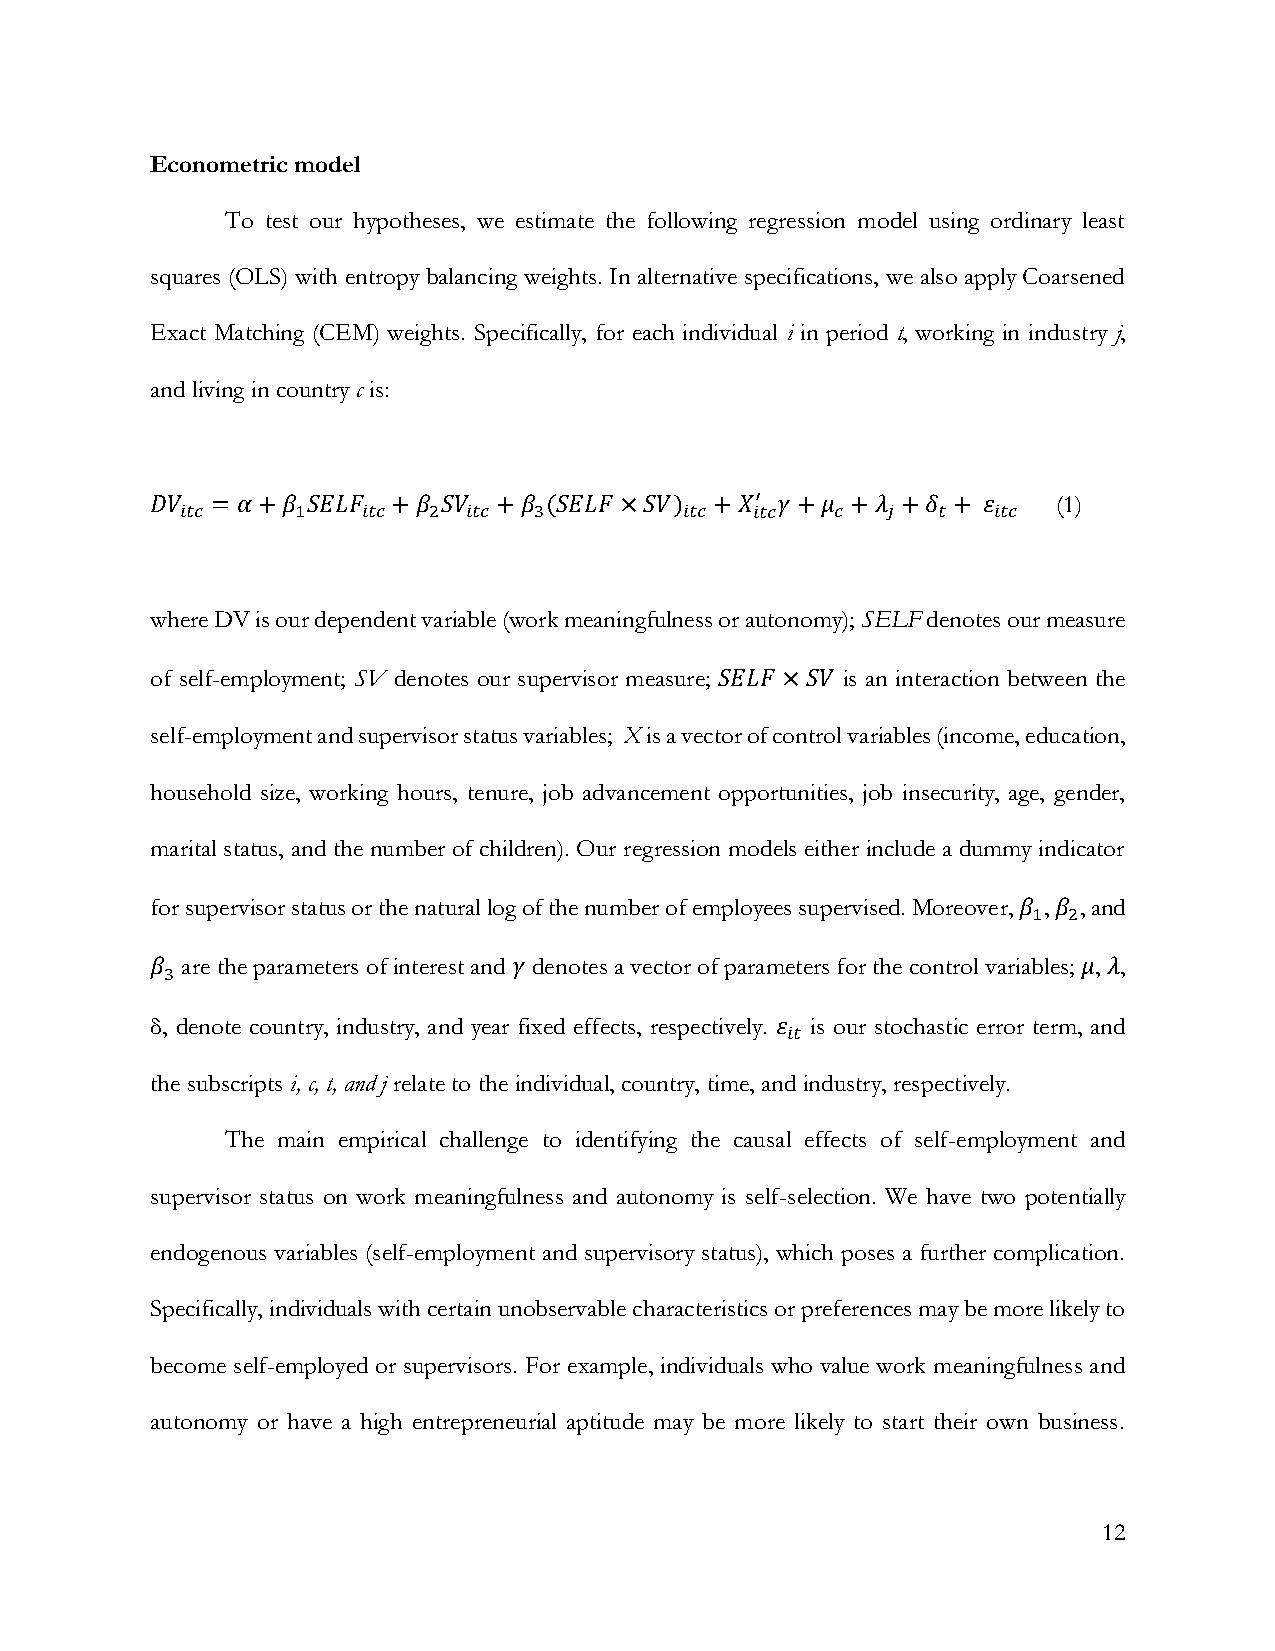
Econometric model
 To test our hypotheses, we estimate the following regression model using ordinary least
 squares (OLS) with entropy balancing weights. In alternative specifications, we also apply Coarsened
 Exact Matching (CEM) weights. Specifically, for each individual i in period t, working in industry j,
 and living in country c is:
 𝐷𝑉  = 𝛼+𝛽 𝑆𝐸𝐿𝐹  +𝛽 𝑆𝑉  +𝛽 (𝑆𝐸𝐿𝐹×𝑆𝑉)  +𝑋′ 𝛾+𝜇  +𝜆  +𝛿 + 𝜀    (1)
 𝑖𝑡𝑐     1   𝑖𝑡𝑐 2  𝑖𝑡𝑐 3         𝑖𝑡𝑐  𝑖𝑡𝑐  𝑐   𝑗  𝑡   𝑖𝑡𝑐
 where DV is our dependent variable (work meaningfulness or autonomy); SELF denotes our measure
 of self-employment; SV denotes our supervisor measure; 𝑆𝐸𝐿𝐹 ×𝑆𝑉 is an interaction between the
 self-employment and supervisor status variables; X is a vector of control variables (income, education,
 household size, working hours, tenure, job advancement opportunities, job insecurity, age, gender,
 marital status, and the number of children). Our regression models either include a dummy indicator
 for supervisor status or the natural log of the number of employees supervised. Moreover, 𝛽 , 𝛽 , and
 1  2
 𝛽 are the parameters of interest and 𝛾 denotes a vector of parameters for the control variables; 𝜇, 𝜆,
 3
 δ, denote country, industry, and year fixed effects, respectively. 𝜀 is our stochastic error term, and
 𝑖𝑡
 the subscripts i, c, t, and j relate to the individual, country, time, and industry, respectively.
 The main empirical challenge to identifying the causal effects of self-employment and
 supervisor status on work meaningfulness and autonomy is self-selection. We have two potentially
 endogenous variables (self-employment and supervisory status), which poses a further complication.
 Specifically, individuals with certain unobservable characteristics or preferences may be more likely to
 become self-employed or supervisors. For example, individuals who value work meaningfulness and
 autonomy or have a high entrepreneurial aptitude may be more likely to start their own business.
 12